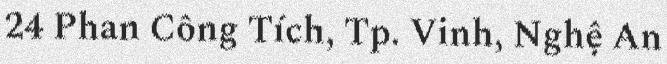
24 Phan Công Tích, Tp. Vinh, Nghệ An